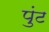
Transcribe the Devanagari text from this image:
पुंट